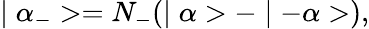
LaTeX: \mid\alpha_{-}>=N_{-}(\mid\alpha>-\mid-\alpha>),